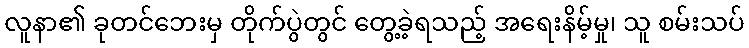
လူနာ၏ ခုတင်ဘေးမှ တိုက်ပွဲတွင် တွေ့ခဲ့ရသည့် အရေးနိမ့်မှု၊ သူ စမ်းသပ်